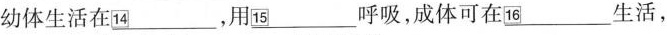
幼体生活在\underline{\square{14}}，用\underline{\square{15}}呼吸，成体可在\underline{\square{16}}生活，